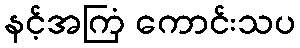
နင့်အကြံ ကောင်းသပ